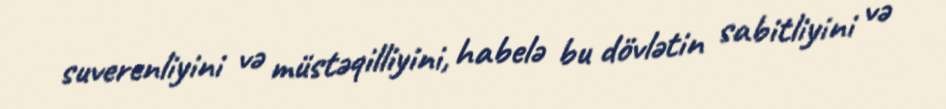
suverenliyini və müstəqilliyini, habelə bu dövlətin sabitliyini və